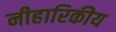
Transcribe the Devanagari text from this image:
नीहारिकीय